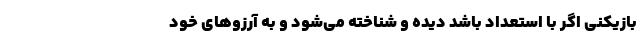
بازیکنی اگر با استعداد باشد دیده و شناخته می‌شود و به آرزوهای خود